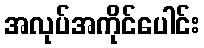
အလုပ်အကိုင်ပေါင်း